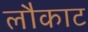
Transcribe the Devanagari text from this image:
लौकाट